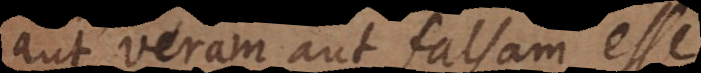
aut veram aut falsam esse,